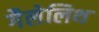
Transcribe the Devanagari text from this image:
गैलेलिथ